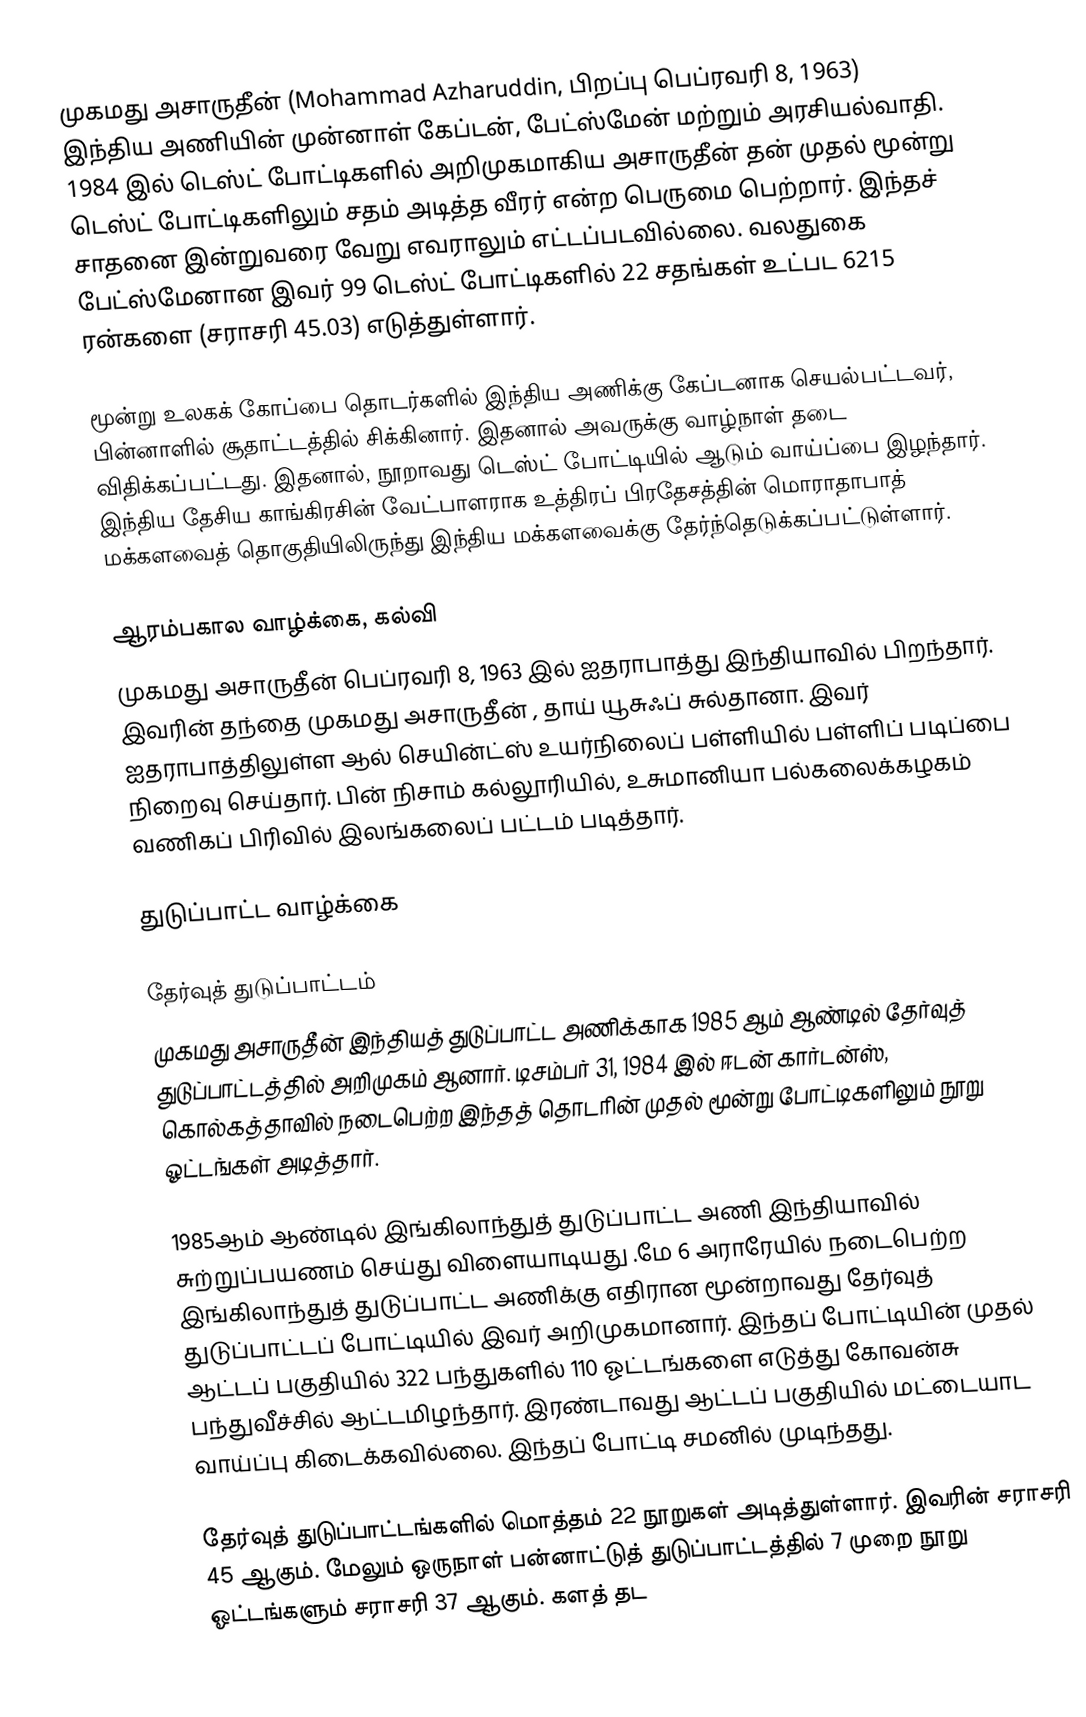
முகமது அசாருதீன் (Mohammad Azharuddin, பிறப்பு பெப்ரவரி 8, 1963) இந்திய அணியின் முன்னாள் கேப்டன், பேட்ஸ்மேன் மற்றும் அரசியல்வாதி. 1984 இல் டெஸ்ட் போட்டிகளில் அறிமுகமாகிய அசாருதீன் தன் முதல் மூன்று டெஸ்ட் போட்டிகளிலும் சதம் அடித்த வீரர் என்ற பெருமை பெற்றார். இந்தச் சாதனை இன்றுவரை வேறு எவராலும் எட்டப்படவில்லை. வலதுகை பேட்ஸ்மேனான இவர் 99 டெஸ்ட் போட்டிகளில் 22 சதங்கள் உட்பட 6215 ரன்களை (சராசரி 45.03) எடுத்துள்ளார்.

மூன்று உலகக் கோப்பை தொடர்களில் இந்திய அணிக்கு கேப்டனாக செயல்பட்டவர், பின்னாளில் சூதாட்டத்தில் சிக்கினார். இதனால் அவருக்கு வாழ்நாள் தடை விதிக்கப்பட்டது. இதனால், நூறாவது டெஸ்ட் போட்டியில் ஆடும் வாய்ப்பை இழந்தார். இந்திய தேசிய காங்கிரசின் வேட்பாளராக உத்திரப் பிரதேசத்தின் மொராதாபாத் மக்களவைத் தொகுதியிலிருந்து இந்திய மக்களவைக்கு தேர்ந்தெடுக்கப்பட்டுள்ளார்.

ஆரம்பகால வாழ்க்கை, கல்வி
முகமது அசாருதீன் பெப்ரவரி 8, 1963 இல் ஐதராபாத்து இந்தியாவில் பிறந்தார். இவரின் தந்தை முகமது அசாருதீன் , தாய் யூசுஃப் சுல்தானா. இவர் ஐதராபாத்திலுள்ள ஆல் செயின்ட்ஸ் உயர்நிலைப் பள்ளியில்  பள்ளிப் படிப்பை நிறைவு செய்தார். பின் நிசாம் கல்லூரியில்,  உசுமானியா பல்கலைக்கழகம் வணிகப் பிரிவில் இலங்கலைப் பட்டம் படித்தார்.

துடுப்பாட்ட வாழ்க்கை

தேர்வுத் துடுப்பாட்டம்
முகமது அசாருதீன் இந்தியத் துடுப்பாட்ட அணிக்காக 1985 ஆம் ஆண்டில் தேர்வுத் துடுப்பாட்டத்தில் அறிமுகம் ஆனார். டிசம்பர் 31, 1984 இல் ஈடன் கார்டன்ஸ், கொல்கத்தாவில் நடைபெற்ற இந்தத் தொடரின் முதல் மூன்று போட்டிகளிலும் நூறு ஓட்டங்கள் அடித்தார்.

1985ஆம் ஆண்டில் இங்கிலாந்துத் துடுப்பாட்ட அணி இந்தியாவில் சுற்றுப்பயணம் செய்து விளையாடியது .மே 6 அராரேயில் நடைபெற்ற இங்கிலாந்துத் துடுப்பாட்ட அணிக்கு எதிரான மூன்றாவது தேர்வுத் துடுப்பாட்டப் போட்டியில் இவர் அறிமுகமானார். இந்தப் போட்டியின் முதல் ஆட்டப் பகுதியில் 322 பந்துகளில் 110 ஓட்டங்களை எடுத்து கோவன்சு பந்துவீச்சில் ஆட்டமிழந்தார். இரண்டாவது ஆட்டப் பகுதியில் மட்டையாட வாய்ப்பு கிடைக்கவில்லை. இந்தப் போட்டி சமனில் முடிந்தது.

தேர்வுத் துடுப்பாட்டங்களில் மொத்தம் 22 நூறுகள் அடித்துள்ளார். இவரின் சராசரி 45 ஆகும். மேலும் ஒருநாள் பன்னாட்டுத் துடுப்பாட்டத்தில் 7 முறை நூறு ஓட்டங்களும் சராசரி 37 ஆகும். களத் தட